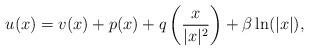
\begin{align*}u(x)=v(x)+p(x)+q\left(\frac{x}{|x|^2}\right)+\beta \ln(|x|),\end{align*}